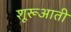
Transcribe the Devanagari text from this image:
शूरूआती